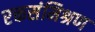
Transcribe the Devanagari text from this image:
रक्तसंमिश्रण